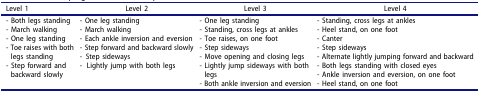
<table><thead><tr><td><b>Level 1</b></td><td><b>Level 2</b></td><td><b>Level 3</b></td><td><b>Level 4</b></td></tr></thead><tbody><tr><td>- Both legs standing- March walking- One leg standing- Toe raises with both legs standing- Step forward and backward slowly</td><td>- One leg standing- March walking- Each ankle inversion and eversion- Step forward and backward slowly- Step sideways- Lightly jump with both legs</td><td>- One leg standing- Standing, cross legs at ankles- Toe raises, on one foot- Step sideways- Move opening and closing legs- Lightly jump sideways with both legs- Both ankle inversion and eversion</td><td>- Standing, cross legs at ankles- Heel stand, on one foot- Canter- Step sideways- Alternate lightly jumping forward and backward- Both legs standing with closed eyes- Ankle inversion and eversion, on one foot- Heel stand, on one foot</td></tr></tbody></table>